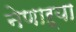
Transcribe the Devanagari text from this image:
नेणाऱ्या